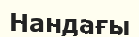
Нандағы